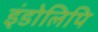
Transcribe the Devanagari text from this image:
इंडोलिपि